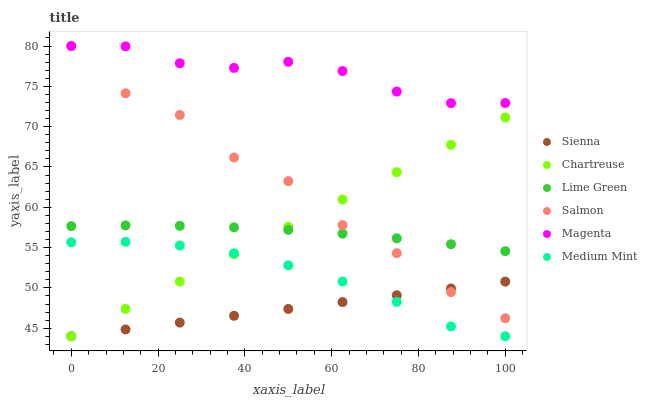
| xaxis_label | Sienna | Chartreuse | Lime Green | Salmon | Magenta | Medium Mint |
 | --- | --- | --- | --- | --- | --- | --- |
 | 0 | 44 | 44 | 57.7 | 80 | 80 | 55.6 |
 | 12.5 | 44.8 | 47.4 | 57.7 | 74.1 | 80 | 55.7 |
 | 25 | 45.7 | 50.8 | 57.7 | 71.4 | 77.9 | 55.3 |
 | 37.5 | 46.5 | 54.2 | 57.5 | 66.2 | 77.3 | 54.3 |
 | 50 | 47.4 | 57.6 | 57.2 | 63.2 | 78 | 52.8 |
 | 62.5 | 48.2 | 61 | 56.7 | 57.8 | 76.9 | 50.8 |
 | 75 | 49.1 | 64.4 | 56.1 | 54.3 | 74.3 | 48.3 |
 | 87.5 | 49.9 | 67.7 | 55.4 | 49.5 | 72.9 | 45.2 |
 | 100 | 50.8 | 71.1 | 54.6 | 46.2 | 72.9 | 44 |